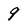
Character: 9